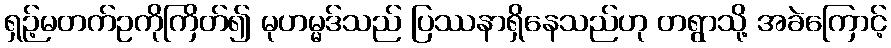
ရှဉ့်မတက်ဥကိုကြိတ်၍ မုဟမ္မဒ်သည် ပြဿနာရှိနေသည်ဟု တရွာသို့ အခဲကြောင့်